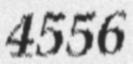
4556